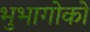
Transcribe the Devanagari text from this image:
भुभागोको